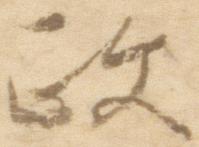
政